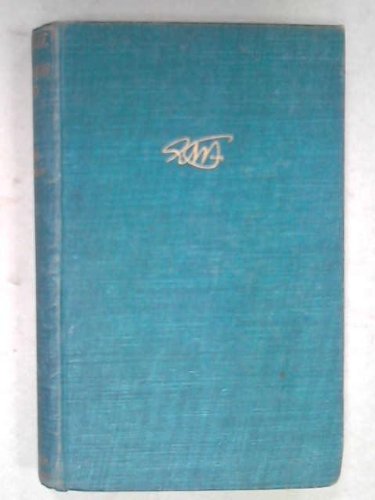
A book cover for Howards End; E. M. Forster; Crafts, Hobbies & Home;